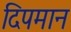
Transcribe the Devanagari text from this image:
दिपमान